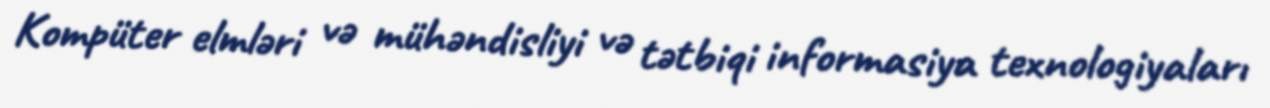
Kompüter elmləri və mühəndisliyi və tətbiqi informasiya texnologiyaları